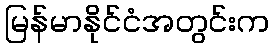
မြန်မာနိုင်ငံအတွင်းက